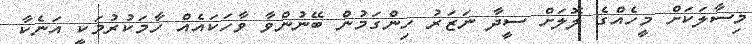
މިސާލަކަށް މީހެއްގެ ލޮލަށް ސީދާ ނަޒަރު ހިންގަމުން ބޭނުންވާ ވާހަކައެއް ހާމަކުރުމަކީ އަނެކާ